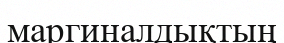
маргиналдықтың